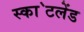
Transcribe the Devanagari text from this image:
स्का॓टलेंड